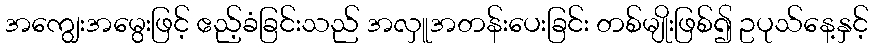
အကျွေးအမွေးဖြင့် ဧည့်ခံခြင်းသည် အလှူအတန်းပေးခြင်း တစ်မျိုးဖြစ်၍ ဥပုသ်နေ့နှင့်